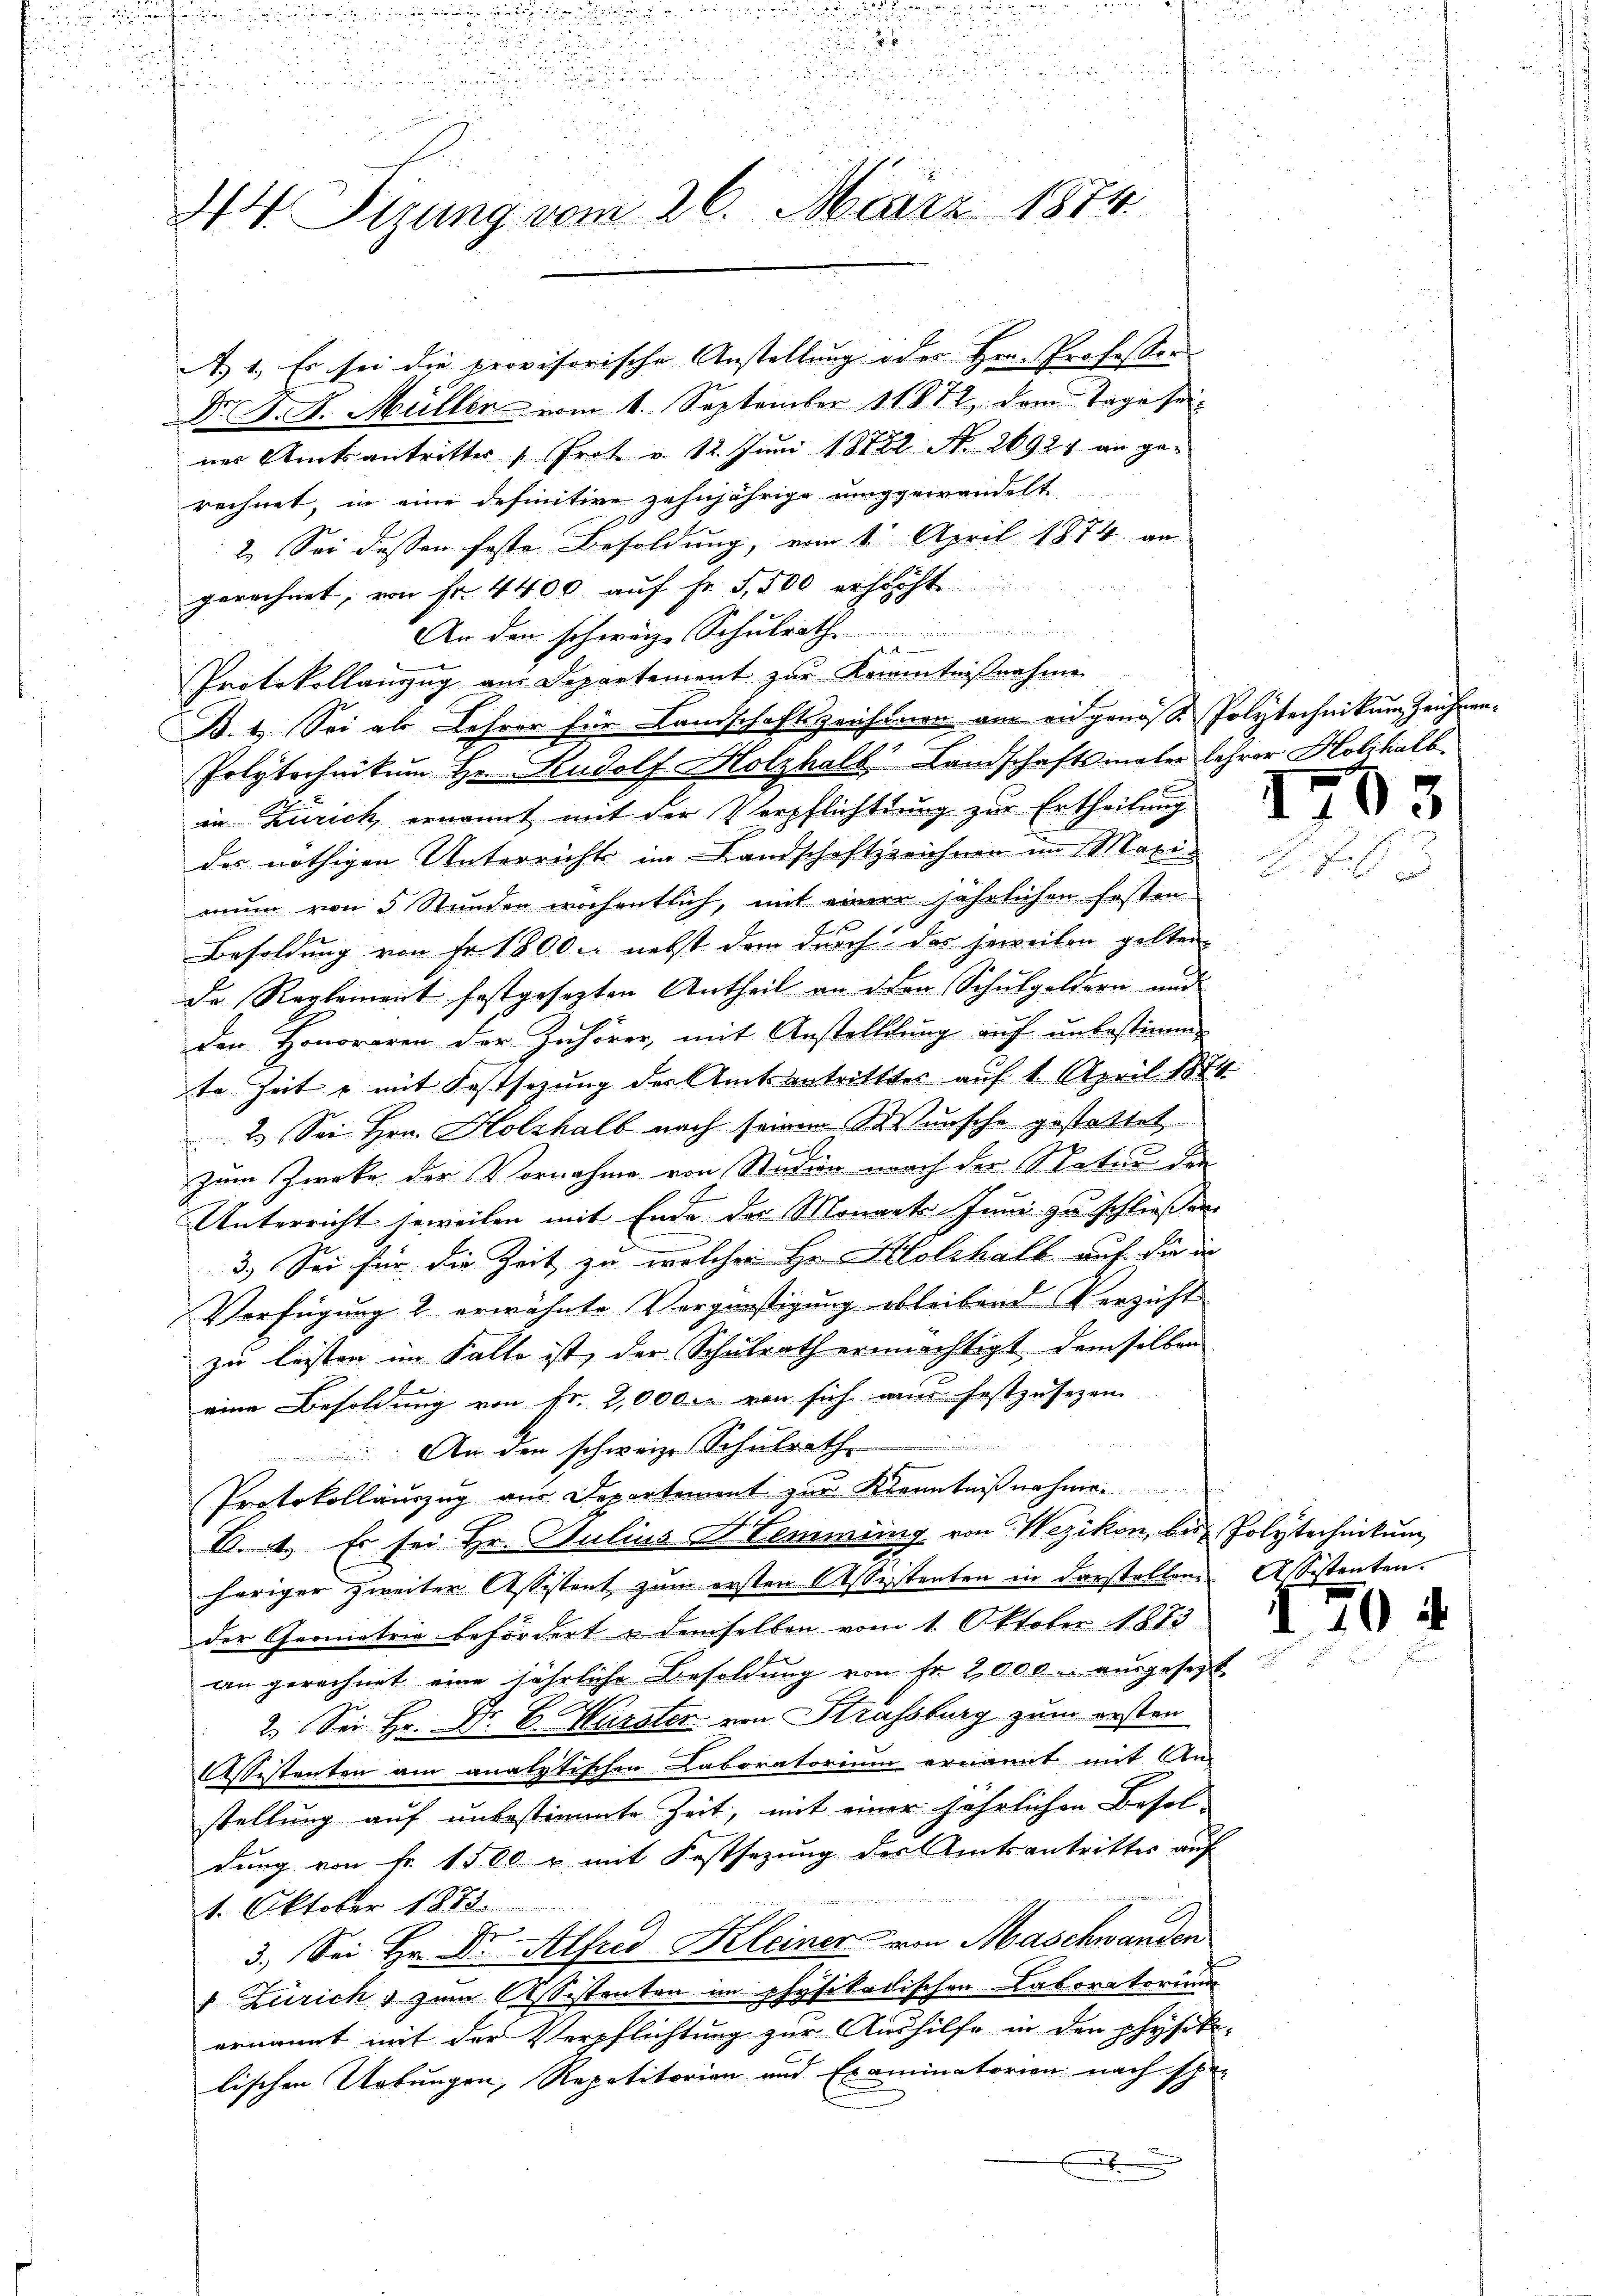
55

x
a

.
2
V Sizung vom 26. März 1874.

A 1., Es sei die provisorische Anstellung oder Hrn. Professor
Dr A. H. Müller vom 1. September 1872, dem Tage seines Amtsantritter " Prot v. 12. Juni 18822. N. 2692) an gerechnet, in eine definitive zehnjährige unggewandelt
2. Sei dessen feste Besoldung, vom 1. April 1874 an
gerechnet, von Fr. 4400 auf Fr. 5,500 erhöcht
An den schweiz. Schulrath
Protokollanzzug aus Departement zur Kenntnißnahme
B. 1. Sei als Lehrer für Landschaftszeichenen am eidgenoße Polytechnikum währen.
Polytechnikum Hr. Rudolf Holzhalb Landschaftsmaler Lehrer Holzhalb
in Zürich, ernannt mit der Verpflichttung zur Ertheilung
der nöthigen Unterrichts im Landschaftsreichnen im Maximum von 5 Stunden wöchentlich, mit einen jährlichen festen
Besoldung von Fr. 1800. nebst dem durch das jeweilen gelten
de Reglement festgesezten Antheil an den Schulgeldern und
den Honoraren der Zuhörer, mit Anstelllung auf unbestimm-
te Zeit u mit Festsezung des Amtsantrittes auf 1. April 1874.
2.) Sei Hrn. Holzhalb nach seinem Wunsche gestattet
.
zum Zwecke der Vornahme von Studien nach der Statur den
Unterricht soweilen mit Ende der Monats Juni zu schließen
3. Sei für die Zeit zu welcher Hr. Holzhalb auf die in
Verfügung 2 erwähnte Vergünstigung bleibend Verzicht
zu leisten im Falle ist, der Schulrath ermächtigt demselben
eine Besoldung von Fr. 2,000. von sich ain festzusezen
An der schweize Schulrath
Protokollauszug von Departement zur Kenntnißnahme
B. 4.) Es sei Hr. Julius Hemmung von Wezikon, bis Polytechnikum
heriger zweiter Assistent zum ersten Assistenten in darstellen Assistenten.
der Geometrie befördert & demselben vom 1. Oktober 1873
an gerechnet eine jährliche Besoldung von Fr. 2,000. ausgeset
2. Sei Hr. Dr. C. Warster von Strassburg zum ersten
Assistenten am analytischen Laboratorium ernannt mit An-
stellung auf unbestimmte Zeit, mit einer jährlichen Besol-
dung von Fr. 1500 r. mit Festsezung des Amtsantrittes auf
1. Oktober 1883.
3.) Sei Hr. Dr. Alfred Kleiner von Maschwanden
 Zürich & zum Assistenten im physikadischen Laboratorium
ernannt mit der Verpflichtung zur Aushilfe in den physiki-
lischen Uebungen, Repetitorien und Examinatorien nach spre
.

E

.

¬

10